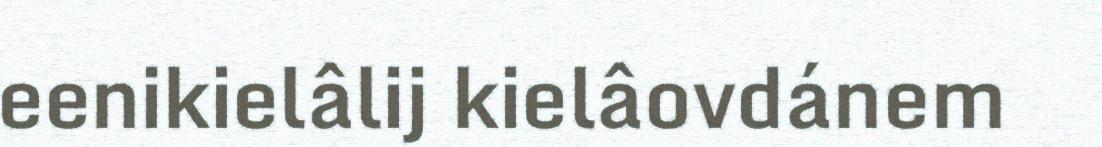
eenikielâlij kielâovdánem